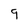
Character: 9